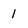
Character: 1